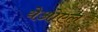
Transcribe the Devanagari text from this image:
येओएल